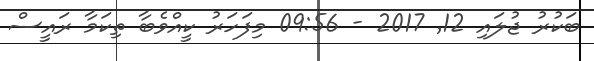
ބަކުރު ޖުލައި 12